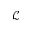
\mathcal { L }